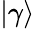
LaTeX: |\gamma\rangle